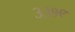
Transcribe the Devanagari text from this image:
३३१९